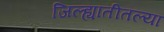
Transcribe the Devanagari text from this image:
जिल्ह्यातीतल्या